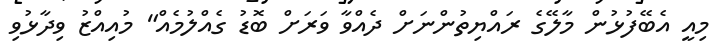
މިއީ އެބޭފުޅުން މާލޭގެ ރައްޔިތުންނަށް ދެއްވާ ވަރަށް ބޮޑު ގެއްލުމެއް" މުއިއްޒު ވިދާޅުވި